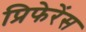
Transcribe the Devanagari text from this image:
प्रिफेरेंस